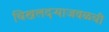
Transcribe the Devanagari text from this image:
चिखलदऱ्याजवळची